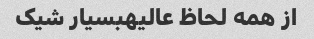
از همه لحاظ عالیهبسیار شیک